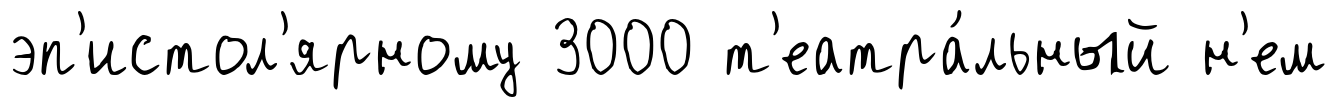
эп'истол'ярному 3000 т'еатра́льный н'ем